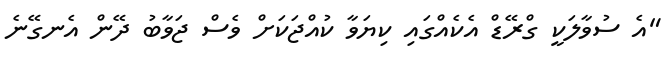
"އެ ސުވާލަކީ ގްރޭޑް އެކެއްގައި ކިޔަވާ ކުއްޖަކަށް ވެސް ޖަވާބު ދޭން އެނގޭނެ